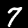
Digit: 7